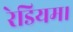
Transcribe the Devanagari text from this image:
रेडियम।